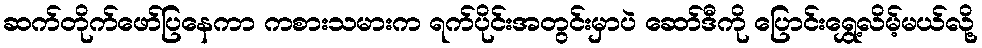
ဆက်တိုက်ဖော်ပြနေကာ ကစားသမားက ရက်ပိုင်းအတွင်းမှာပဲ ဆော်ဒီကို ပြောင်းရွှေ့လိမ့်မယ်လို့